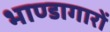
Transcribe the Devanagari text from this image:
भाण्डागारों